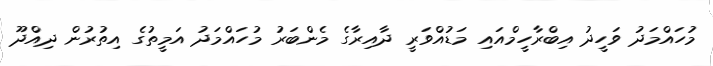
މުހައްމަދު ވަހީދު އިބްރާހީމްއައި މަޑުއްވަރީ ދާއިރާގެ މެންބަރު މުހައްމަދު އަމީތުގެ އިތުރުން ދިއްދޫ